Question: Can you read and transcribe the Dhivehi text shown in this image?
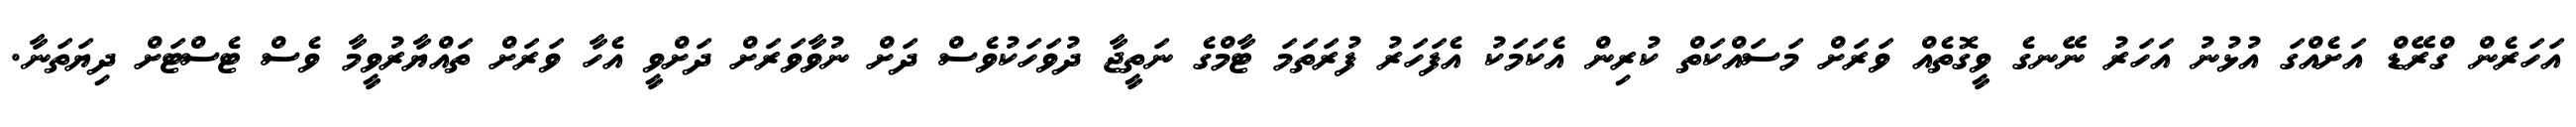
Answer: އަހަރެން ގްރޭޑް އަށެއްގަ އުޅުނު އަހަރު ނޭނގެ ވީގޮތެއް ވަރަށް މަސައްކަތް ކުރިން އެކަމަކު އެފަހަރު ފުރަތަމަ ޓާމްގެ ނަތީޖާ ދުވަހަކުވެސް ދަށް ނުވާވަރަށް ދަށްވީ އެހާ ވަރަށް ތައްޔާރުވީމާ ވެސް ޓެސްޓަށް ދިޔަތަނާ.